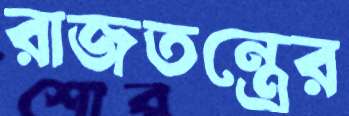
রাজতন্ত্রের